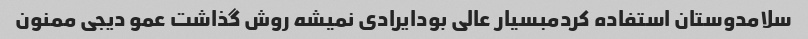
سلامدوستان استفاده کردمبسیار عالی بودایرادی نمیشه روش گذاشت عمو دیجی ممنون